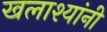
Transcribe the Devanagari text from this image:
खलाश्यांनी